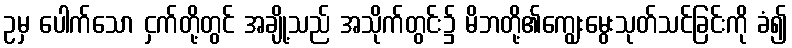
ဥမှ ပေါက်သော ငှက်တို့တွင် အချို့သည် အသိုက်တွင်း၌ မိဘတို့၏ကျွေးမွေးသုတ်သင်ခြင်းကို ခံ၍